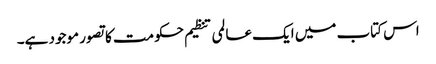
اس کتاب میں ایک عالمی تنظیم حکومت کا تصور موجود ہے۔